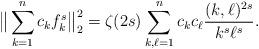
LaTeX: \begin{align*} \big\|\sum_{k=1}^n c_k f^s_{k}\big\|_2^2=\zeta(2s)\sum_{k,\ell=1}^n c_k c_\ell\frac{(k,\ell)^{2s}}{k^s\ell^s} . \end{align*}